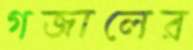
গজালের